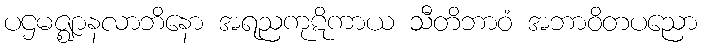
ပဌမဇ္ဈာနလာဘိနော အရညကုဋိကာယ သီတိဘာဝံ အဘာဝိတပညော